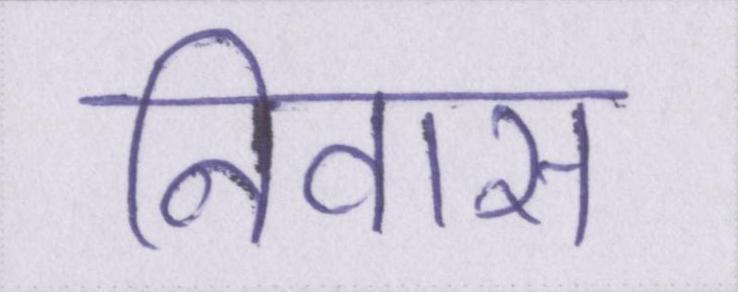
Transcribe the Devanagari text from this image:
निवास